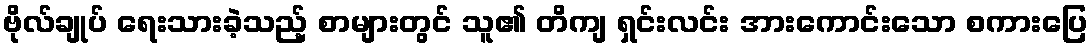
ဗိုလ်ချုပ် ရေးသားခဲ့သည့် စာများတွင် သူ၏ တိကျ ရှင်းလင်း အားကောင်းသော စကားပြေ